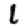
Digit: 1